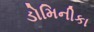
ડોમિનીકા